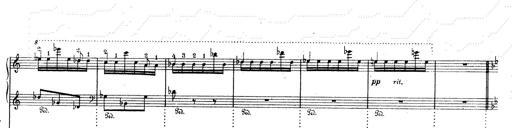
Title: Mephisto Waltz No.1
Composer: Franz Liszt